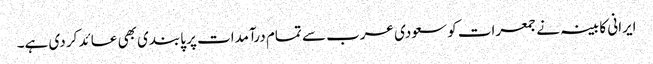
ایرانی کابینہ نے جمعرات کو سعودی عرب سے تمام درآمدات پر پابندی بھی عائد کر دی ہے۔